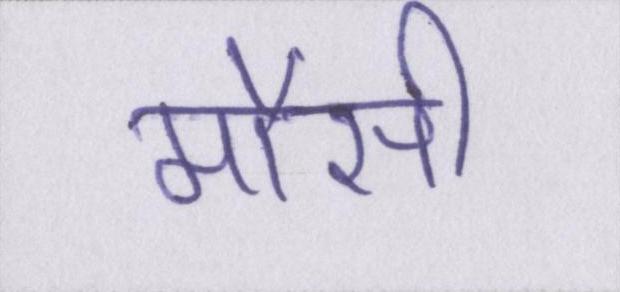
मौसी